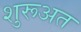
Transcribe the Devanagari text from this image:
शुरूअत